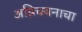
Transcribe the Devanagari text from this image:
अग्निचयनाचा